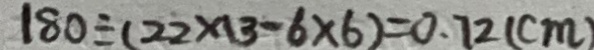
1 8 0 \div ( 2 2 \times 1 3 - 6 \times 6 ) = 0 . 7 2 ( c m )